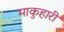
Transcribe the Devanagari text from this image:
माकुहारी